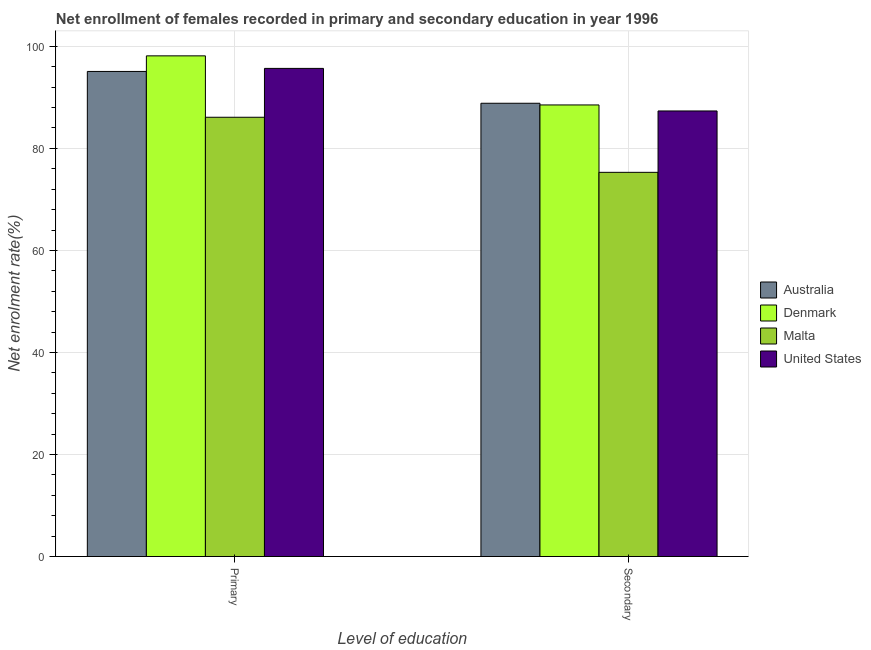
| Level of education | Australia | Denmark | Malta | United States |
 | --- | --- | --- | --- | --- |
 | Primary | 95.1 | 98.1 | 86.1 | 95.7 |
 | Secondary | 88.8 | 88.5 | 75.3 | 87.3 |